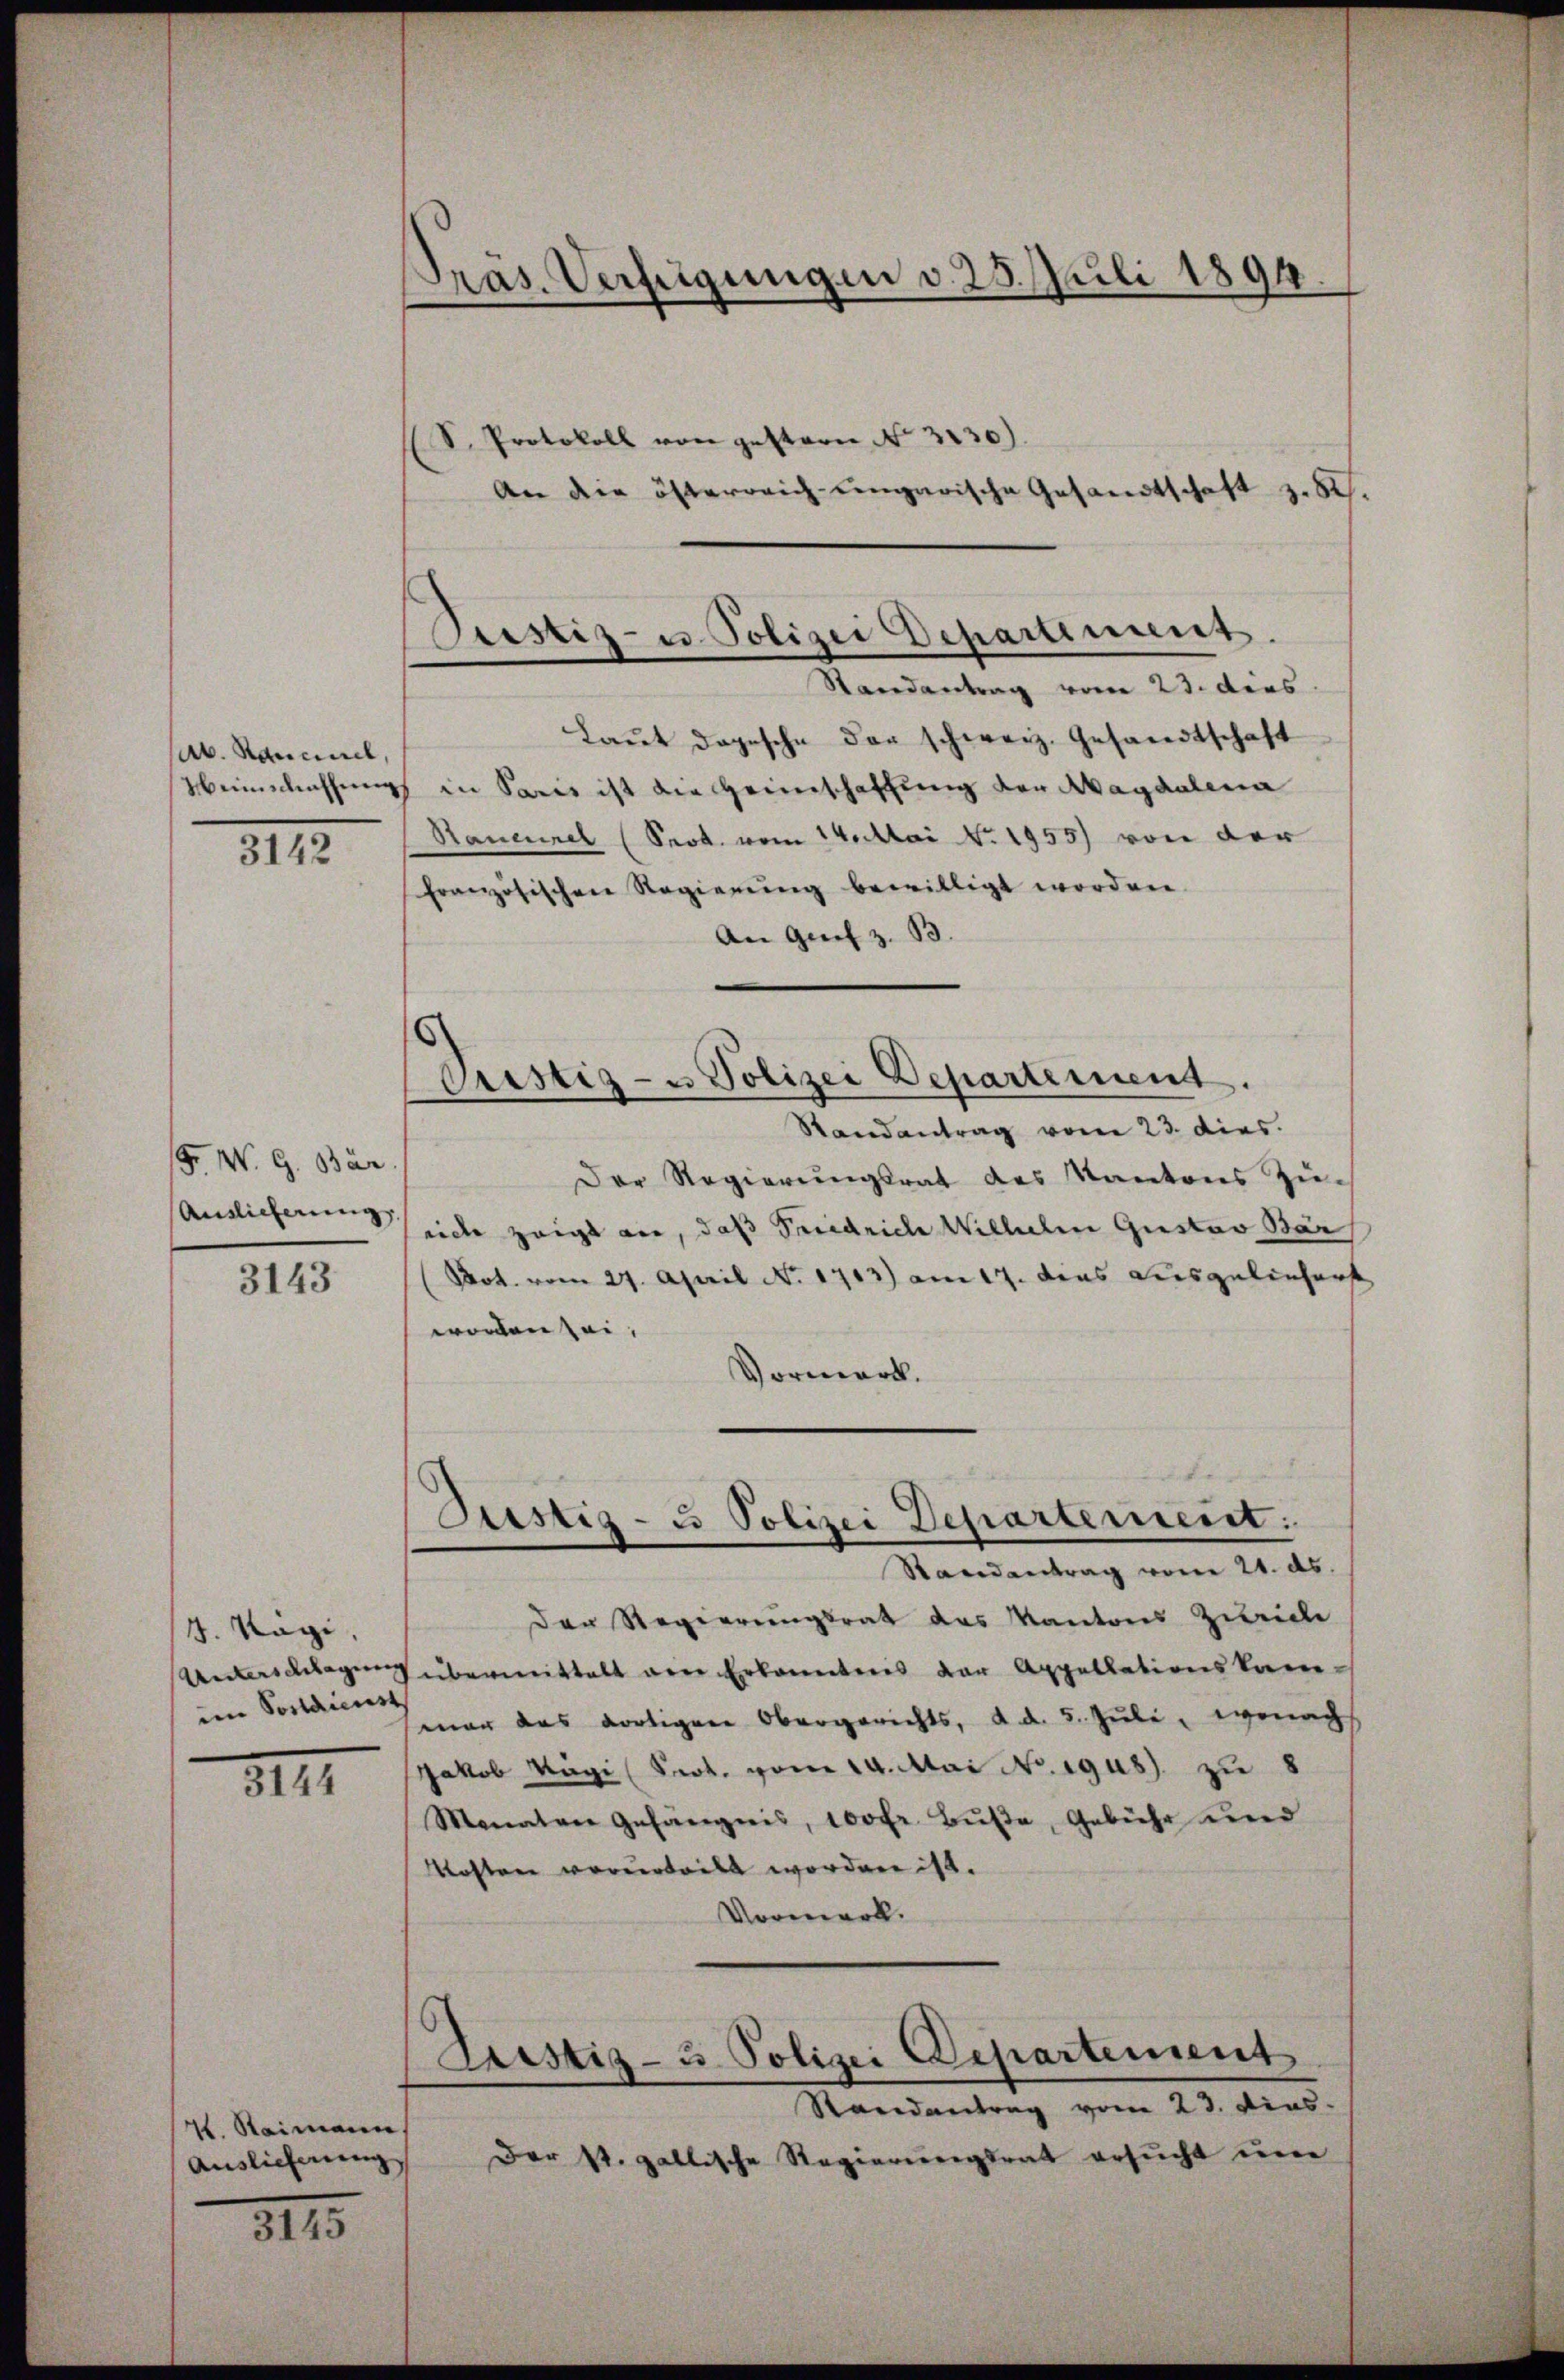
Ab. Raucciel,
Heimathung

3142

F. W. G. Bär
Auslieferung

3143

4. Kägi,
Unterschlagung
im Postdienst

8171

4. Staimann,
Auslieferung

3145

Präs. Verfeigungen d. 25. Juli 1894.

(S. Protokoll von gestern No. 3230).
An die österreich eingarische Gesandtschaft zu Sch.
Laŭt dagesche der schweiz. Gesandtschaft
1 in Paris ist die Heimschaffung der Magdalena
Saucinel (Seob. vom 14. Mai No. 1955) von der
französischen Regierŭng bewilligt worden.
An Grif z. B.
Randantrag vom 23. dies.
Der Regierungsrat des Kantons Züeich zeigt an, daß Seiedrich Wilhelm Gustav Bär
Pot. vom 27. April No 1713) am 17. dens ausgelinhart
worden sei,
Vormerk.
Justiz- u Polizei Departement:
Randantrag vom 21. ds.
Der Regierungsrat des Kantons Zürich
übermittelt den Erkanntnis der Appellationskammar das dortigen Obergerichts, d. d. 5. Juli, wonach
Jakob Kägi (Serk. vom 14. Mai No. 1948) zu 8
Monaten Gefängnis, 100 Fr. Bŭβe, Gebühr und
Mosten vorderteilt worden ist.
Vormerk.
Justiz- & Polizei Departement
Randantrag vom 23. dies
Der St. gallische Regierungsrat ersucht eine

Justiz- u. Polizei Departement.
Randantrag vom 23. ders.

Cristiz- u Polizei Departement